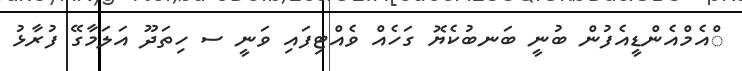
ްއެމްއެންޑީއެފުން ބުނީ ބަނބުކެޔޮ ގަހެއް ވެއްޓިފައި ވަނީ ސ ހިތަދޫ އަލަމާގޭ ފުރާޅު